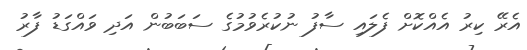
އެރޭ ކިރު އެއްކޮށް ފެލައި ސާފު ނުކުރެވުމުގެ ސަބަބުން އަދި ވައްގަޑު ފާރު